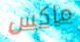
ماكس